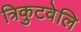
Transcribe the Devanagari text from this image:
त्रिकुटवेलि